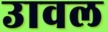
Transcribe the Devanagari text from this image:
उावल